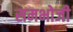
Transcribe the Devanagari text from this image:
समभोजी